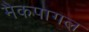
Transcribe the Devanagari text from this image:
मैकपागल